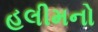
હલીમનો